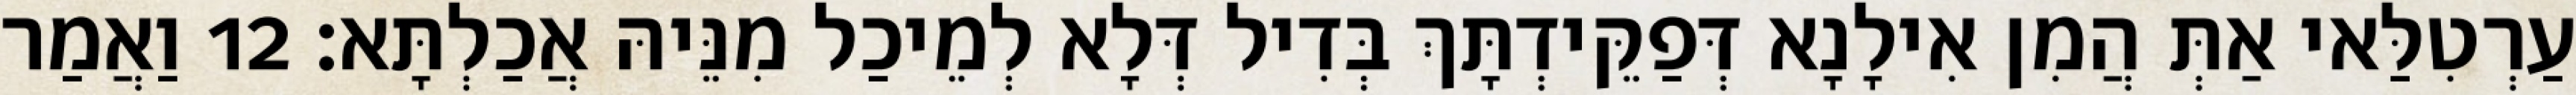
עַרְטִלַּאי אַתְּ הֲמִן אִילָנָא דְּפַקֵּידְתָּךְ בְּדִיל דְּלָא לְמֵיכַל מִנֵּיהּ אֲכַלְתָּא׃ 12 וַאֲמַר